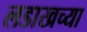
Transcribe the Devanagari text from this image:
लडाखच्या